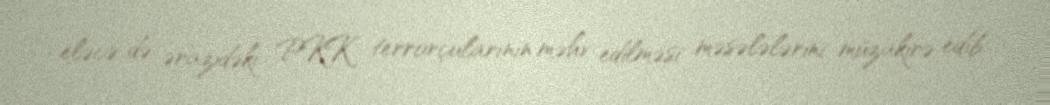
eləcə də ərazidəki PKK terrorçularının məhv edilməsi məsələlərini müzakirə edib.